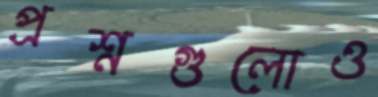
প্রশ্নগুলোও